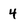
Character: 4